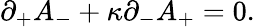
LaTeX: \partial_{+}A_{-}+\kappa\partial_{-}A_{+}=0.